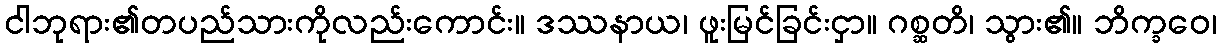
ငါဘုရား၏တပည်သားကိုလည်းကောင်း။ ဒဿနာယ၊ ဖူးမြင်ခြင်းငှာ။ ဂစ္ဆတိ၊ သွား၏။ ဘိက္ခဝေ၊